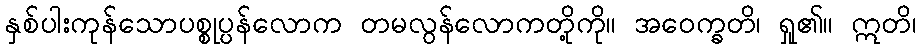
နှစ်ပါးကုန်သောပစ္စုပ္ပန်လောက တမလွန်လောကတို့ကို။ အဝေက္ခတိ၊ ရှု၏။ ဣတိ၊